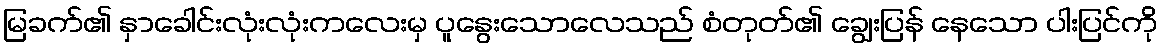
မြခက်၏ နှာခေါင်းလုံးလုံးကလေးမှ ပူနွေးသောလေသည် စံတုတ်၏ ချွေးပြန် နေသော ပါးပြင်ကို